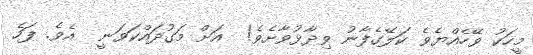
މީހަކު ވޭހެއްޔެވެ ކަލޭގެފާނު ވިދާޅުވާށެވެ!  އަށް މަގުދައްކަވަނީ  އެވެ. ފަހެ